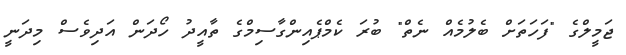
ޖަމީލްގެ "ފަހަތަށް ބެލުމެއް ނެތް" ބުރަ ކެމްޕެއިންގާސިމްގެ ތާއީދު ހޯދަން އަދިވެސް މިދަނީ